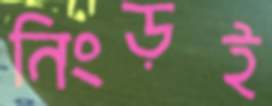
নিংড়ই